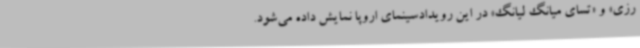
رزی» و «تسای میانگ لیانگ» در این رویدادسینمای اروپا نمایش داده می‌شود.